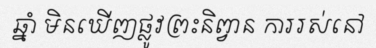
ឆ្នាំ មិនឃើញផ្លូវព្រះនិព្វាន ការរស់នៅ